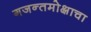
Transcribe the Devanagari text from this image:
गजन्तमोक्षाचा